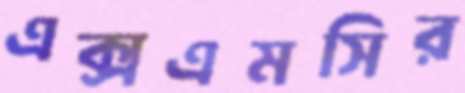
এক্সএমসির